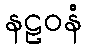
နဠဝနံ